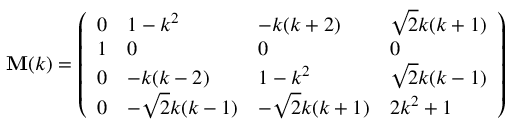
\begin{array} { r } { \mathbf { M } ( k ) = \left( \begin{array} { l l l l } { 0 } & { 1 - k ^ { 2 } } & { - k ( k + 2 ) } & { \sqrt { 2 } k ( k + 1 ) } \\ { 1 } & { 0 } & { 0 } & { 0 } \\ { 0 } & { - k ( k - 2 ) } & { 1 - k ^ { 2 } } & { \sqrt { 2 } k ( k - 1 ) } \\ { 0 } & { - \sqrt { 2 } k ( k - 1 ) } & { - \sqrt { 2 } k ( k + 1 ) } & { 2 k ^ { 2 } + 1 } \end{array} \right) } \end{array}